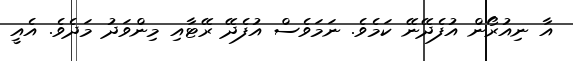
އާ ނިއުރޯން އުފެދޭނޭ ކަމެވެ. ނަމަވެސް އުފެދޭ ރޭޓާއި މިންވަދު މަދެވެ. އެއީ